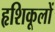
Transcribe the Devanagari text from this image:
हृशिकूलों